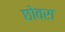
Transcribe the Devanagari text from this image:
छोवरा